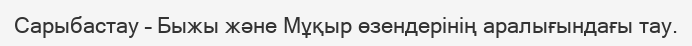
Сарыбастау – Быжы жəне Мұқыр өзендерінің аралығындағы тау.